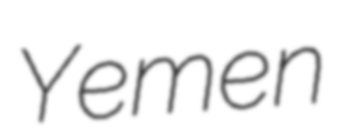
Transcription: Yemen